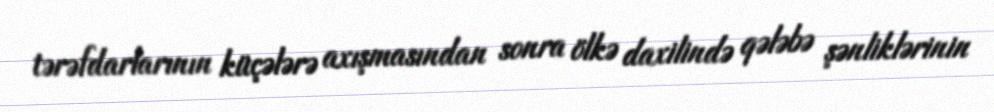
tərəfdarlarının küçələrə axışmasından sonra ölkə daxilində qələbə şənliklərinin